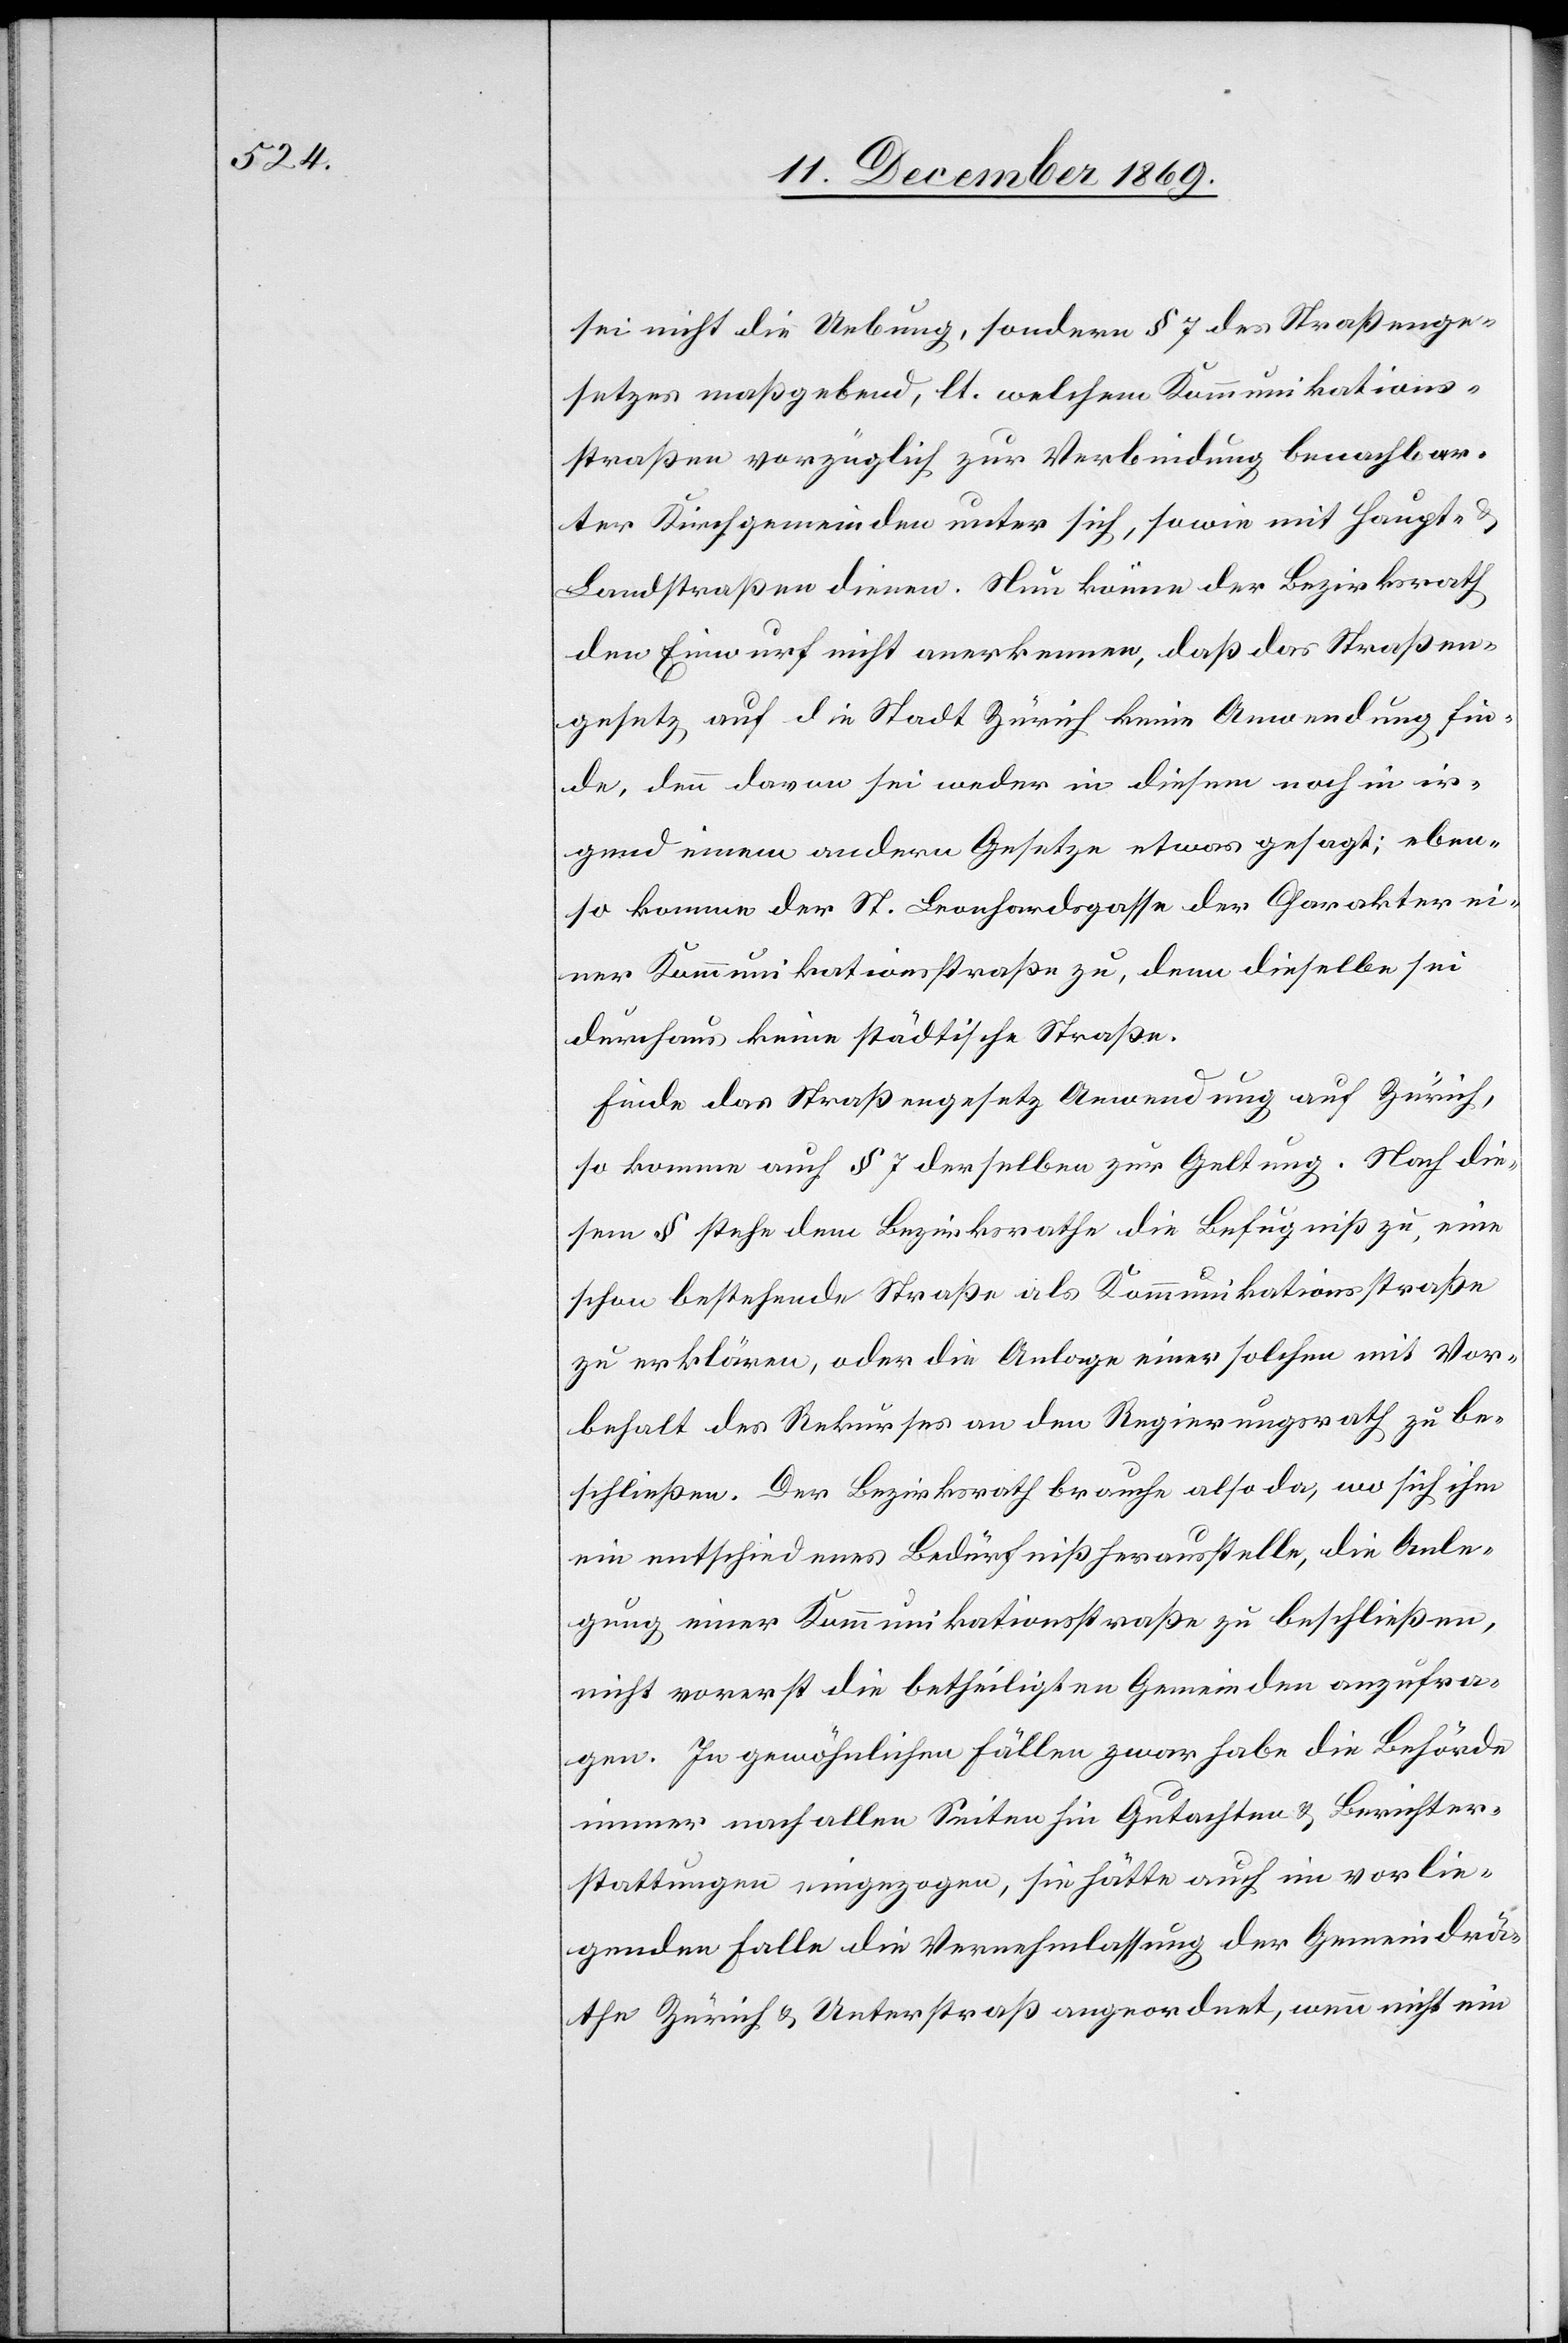
sei nicht die Uebung, sondern § 7 des Straßenge¬
setzes maßgebend, lt. welchem Kommunikations¬
straßen vorzüglich zur Verbindung benachbar¬
ter Kirchgemeinden unter sich, sowie mit Haupt-
Landstraßen dienen. Nun könne der Bezirksrath
den Einwurf nicht anerkennen, daß das Straßen¬
gesetz auf die Stadt Zürich keine Anwendung fin¬
de, denn davon sei weder in diesem noch in ir¬
gend einem andern Gesetze etwas gesagt; eben¬
so komme der St. Leonhardsgasse der Charakter ei¬
ner Kommunikationsstraße zu, denn dieselbe sei
durchaus keine städtische Straße.
Finde das Straßengesetz Anwendung auf Zürich,
so komme auch § 7 derselben zur Geltung. Nach die¬
sem § stehe dem Bezirksrathe die Befugniß zu, eine
schon bestehende Straße als Kommunikationsstraße
zu erkären, oder die Anlage einer solchen mit Vor¬
behalt des Rekurses an den Regierungsrath zu be¬
schließen. Der Bezirksrath brauche also da, wo sich ihm
ein entschiedenes Bedürfniß herausstelle, die Anle¬
gung einer Kommunikationsstraße zu beschließen,
nicht vorerst die betheiligten Gemeinden anzufra¬
gen. In gewöhnlichen Fällen zwar habe die Behörde
immer nach allen Seiten hin Gutachten & Berichter¬
stattungen eingezogen, sie hätte auch im vorlie¬
genden Falle die Vernehmlassung der Gemeindrä¬
the Zürich & Unterstraß angeordnet, wenn nicht ein